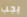
يجب